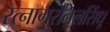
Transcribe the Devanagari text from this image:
रत्नागरनिलसिंधू